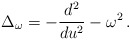
\begin{align*}\Delta_{\omega} = -{d^2 \over du^2} -\omega^2 \, .\end{align*}